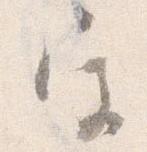
宮